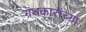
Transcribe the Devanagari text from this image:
ग्रंथकारांच्या